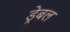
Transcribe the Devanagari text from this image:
ड्रेबल